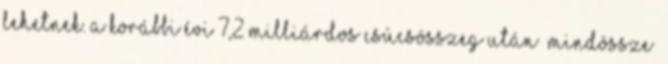
lehetnek. A korábbi évi 7,2 milliárdos csúcsösszeg után „mindössze”